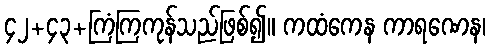
၄၂+၄၃+ကြံကြကုန်သည်ဖြစ်၍။ ကထံကေန ကာရဏေန၊